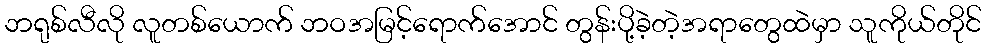
ဘရုစ်လီလို လူတစ်ယောက် ဘဝအမြင့်ရောက်အောင် တွန်းပို့ခဲ့တဲ့အရာတွေထဲမှာ သူကိုယ်တိုင်